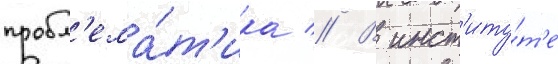
пробл'ема́т'ика // В инст'иту́т'е